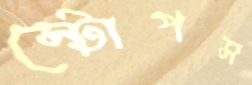
স্টোপস